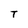
Character: T